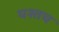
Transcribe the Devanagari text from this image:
यश्तच